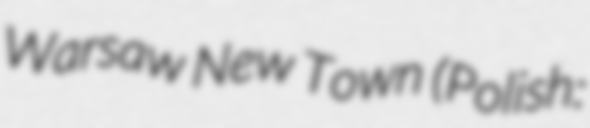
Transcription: Warsaw New Town (Polish: